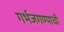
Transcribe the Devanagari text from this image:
गर्भजगण्याची